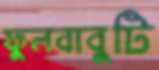
ফুলবাবুটি